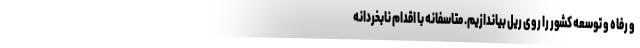
و رفاه و توسعه کشور را روی ریل بیاندازیم. متاسفانه با اقدام نابخردانه